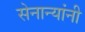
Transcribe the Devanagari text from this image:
सेनान्यांनी